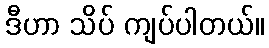
ဒီဟာ သိပ် ကျပ်ပါတယ်။